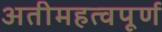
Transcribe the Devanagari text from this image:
अतीमहत्वपूर्ण